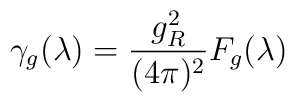
\gamma _g(\lambda )=\frac{g_R^2}{(4\pi )^2}F_g(\lambda )